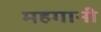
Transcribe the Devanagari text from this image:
महगानी